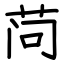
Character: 𬜬